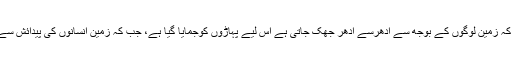
دیگر تراجم میں ایک بات کہی گئی ہے کہ زمین لوگوں کے بوجھ سے ادھرسے ادھر جھک جاتی ہے اس لیے پہاڑوں کوجمایا گیا ہے، جب کہ زمین انسانوں کی پیدائش سے 4سے 6ملین سال قبل قرارپاچکی تھی۔